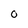
Character: O